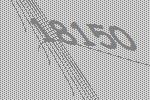
18150